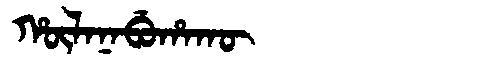
Manchu: ᡥᡡᠯᠠᠨᠠᠪᡠᡥᠠᡴᡡ
Romanization: HŪLANABUHAKŪ